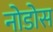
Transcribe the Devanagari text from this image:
नोडोस